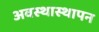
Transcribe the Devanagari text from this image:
अवस्थास्थापन